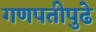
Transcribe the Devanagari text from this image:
गणपतीपुढे